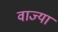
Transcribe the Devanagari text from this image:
वाज्या